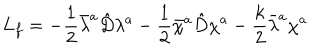
L _ { f } = - \frac { 1 } { 2 } \bar { \lambda } ^ { a } \hat { D } \lambda ^ { a } - \frac { 1 } { 2 } \bar { \chi } ^ { a } \hat { D } \chi ^ { a } - \frac { k } { 2 } \bar { \lambda } ^ { a } \chi ^ { a }